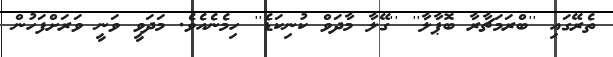
ތެރޭގައި ''ބްރަމަޗާރާ ބޮޕާލާ'' ''ގޭލާ މާދަވް ކުނިކަޑެ'' ހިމެނެއެވެ. މަދަވީ ވަނީ ވަރަށްފަހުން